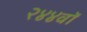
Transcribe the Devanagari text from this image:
२४४वॉ